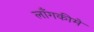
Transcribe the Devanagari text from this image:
लाँगकीमे